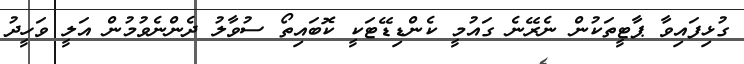
ގުޅިފައިވާ ޕާޓީތަކުން ނެރޭނެ ގައުމީ ކެންޑިޑޭޓަކީ ކޮބައިތޯ ސުވާލު ދެންނެވުމުން އަލީ ވަހީދު